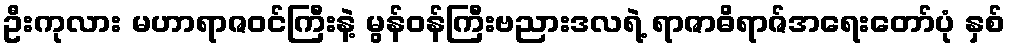
ဦးကုလား မဟာရာဇဝင်ကြီးနဲ့ မွန်ဝန်ကြီးဗညားဒလရဲ့ ရာဇာဓိရာဇ်အရေးတော်ပုံ နှစ်